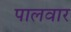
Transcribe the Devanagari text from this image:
पालवार